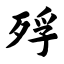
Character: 殍